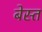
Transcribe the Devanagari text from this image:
बेस्त